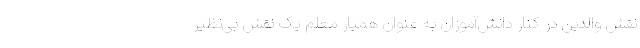
نقش والدین در کنار دانش‌آموزان به عنوان همیار معلم یک نقش بی‌نظیر